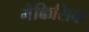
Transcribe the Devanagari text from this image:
मैक्किसिक